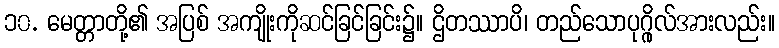
၁၀. မေတ္တာတို့၏ အပြစ် အကျိုးကိုဆင်ခြင်ခြင်း၌။ ဌိတဿာပိ၊ တည်သောပုဂ္ဂိုလ်အားလည်း။